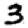
Digit: 3